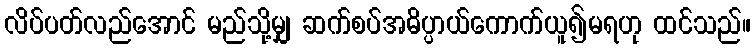
လိပ်ပတ်လည်အောင် မည်သို့မျှ ဆက်စပ်အဓိပ္ပာယ်ကောက်ယူ၍မရဟု ထင်သည်။